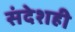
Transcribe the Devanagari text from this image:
संदेशही